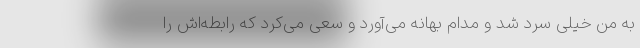
به من خیلی سرد شد و مدام بهانه می‌آورد و سعی می‌کرد که رابطه‌اش را